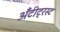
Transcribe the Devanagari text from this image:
अँटीट्रस्ट